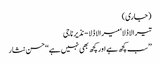
(جاری)
تیرا لاڈلا‘ میرا لاڈلا- نذیر ناجی
’’سب کچھ ہے اور کچھ بھی نہیں ہے‘‘ حسن نثار